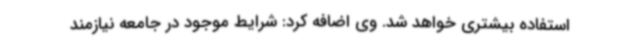
استفاده بیشتری خواهد شد. وی اضافه کرد: شرایط موجود در جامعه نیازمند